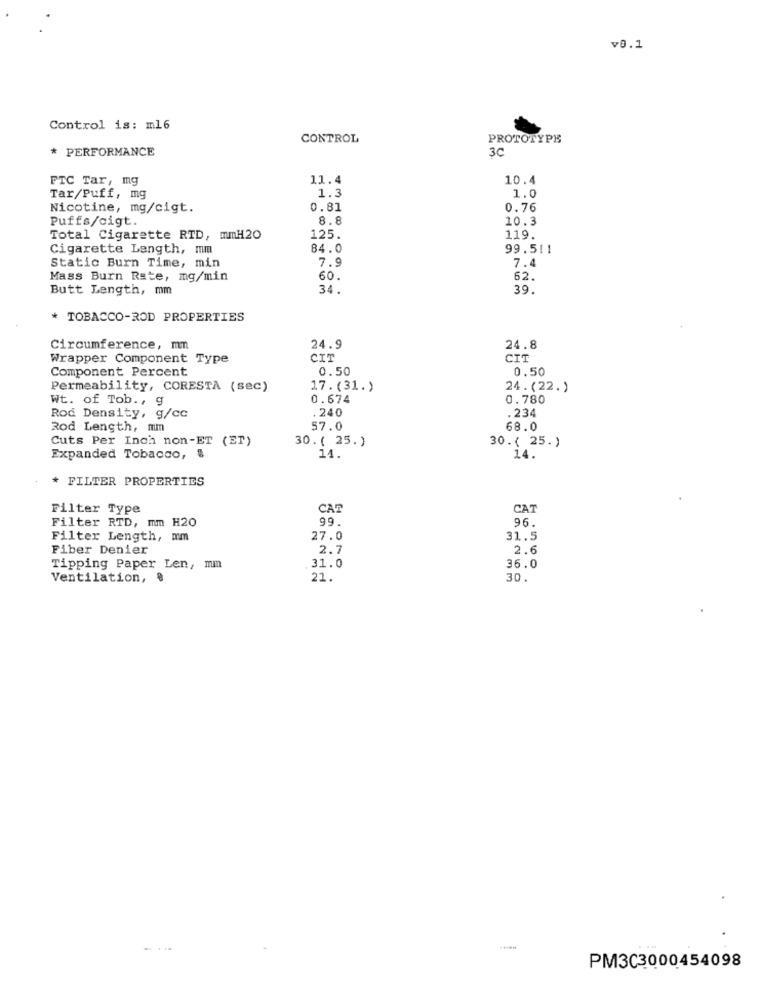
v0.1
Control is: m16
CONTROL
PROTOTYPE
* PERFORMANCE
3C
FTC Tar, mg
11.4
10.4
1.0
Tar/Puff, mg
1.3
Nicotine, mg/cigt.
0.81
0.76
Puffs/cigt.
8.8
10.3
Total Cigarette RTD, mmH20
125.
119.
Cigarette Length, mm
84.0
99.511
7.9
Static Burn Time, min
7.4
Mass Burn Rate, mg/min
60.
62.
Butt Length, mm
34.
39.
* TOBACCO-ROD PROPERTIES
Circumference, mm
24.9
24.8
Wrapper Component Type
CIT
CIT
Component Percent
0.50
0.50
Permeability, CORESTA (sec)
17. (31.)
24.(22.)
Wt. of Tob ., 9
0.674
0.780
.240
. 234
Rod Density, g/cc
Rod Length, mm
57.0
68.0
Cuts Per Inch non-ET (ET)
30.( 25.)
30.( 25.)
Expanded Tobacco, $
14.
14.
* FILTER PROPERTIES
Filter Type
CAP
CAT
Filter RTD, mm H20
99.
96.
Filter Length, mm
27.0
31.5
Fiber Denier
2.7
2.6
Tipping Paper Len, mm
31.0
36.0
Ventilation, 8
21.
30.
---
PM3C3000454098